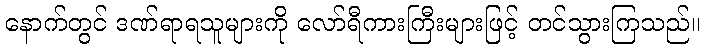
နောက်တွင် ဒဏ်ရာရသူများကို လော်ရီကားကြီးများဖြင့် တင်သွားကြသည်။